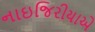
નાઇજિરીયાએ